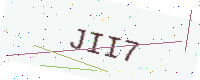
Text: JII7